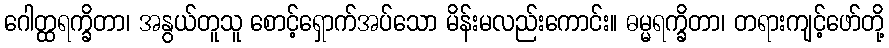
ဂေါတ္ထရက္ခိတာ၊ အနွယ်တူသူ စောင့်ရှောက်အပ်သော မိန်းမလည်းကောင်း။ ဓမ္မရက္ခိတာ၊ တရားကျင့်ဖော်တို့